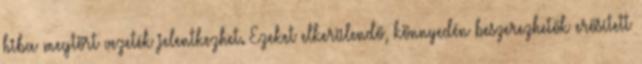
hiba megtört vezeték jelentkezhet. Ezeket elkerülendő, könnyedén beszerezhetők erősített